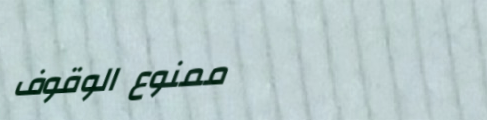
ممنوع الوقوف